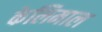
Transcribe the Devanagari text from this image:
केलिमाल